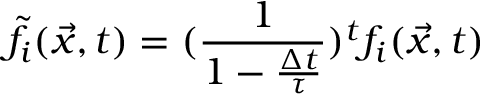
\Tilde { f } _ { i } ( \vec { x } , t ) = ( \frac { 1 } { 1 - \frac { \Delta t } { \tau } } ) ^ { t } f _ { i } ( \vec { x } , t )